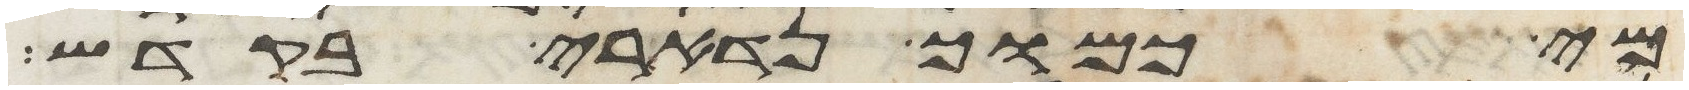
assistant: מי כמוך נדארי בקדש